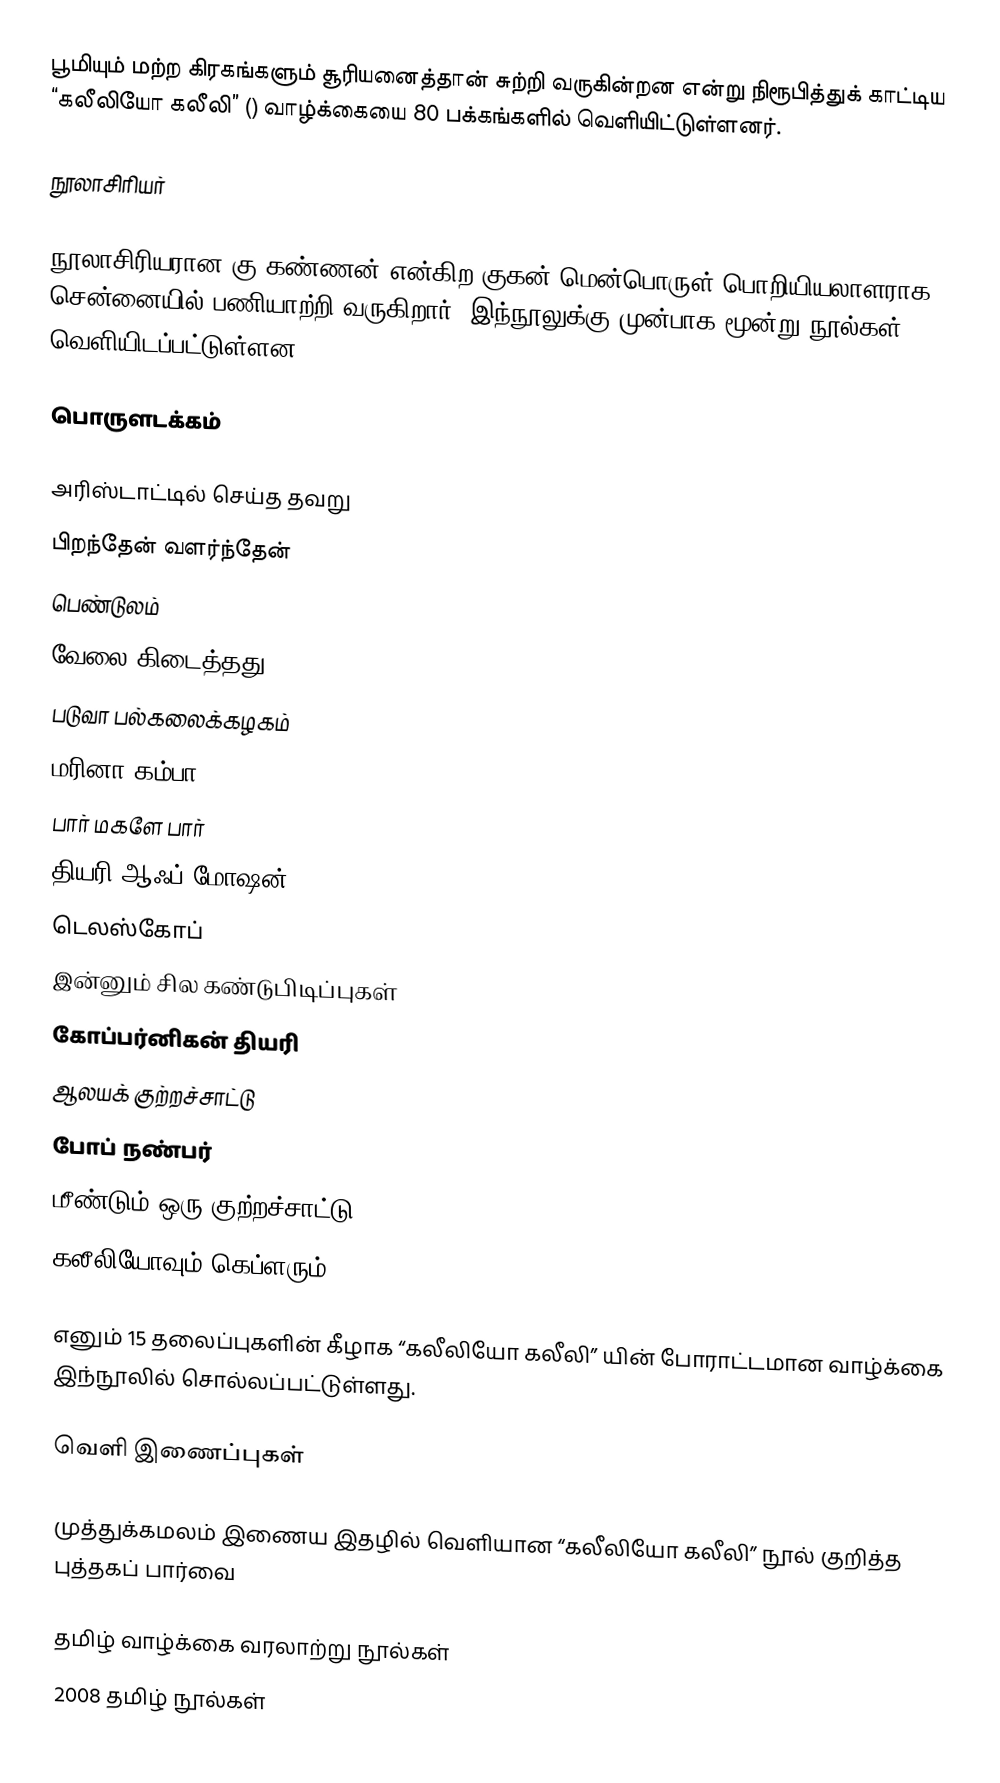
பூமியும்  மற்ற கிரகங்களும் சூரியனைத்தான் சுற்றி வருகின்றன என்று நிரூபித்துக் காட்டிய “கலீலியோ கலீலி” () வாழ்க்கையை 80 பக்கங்களில் வெளியிட்டுள்ளனர்.

நூலாசிரியர்

நூலாசிரியரான கு.கண்ணன் என்கிற குகன் மென்பொருள் பொறியியலாளராக சென்னையில் பணியாற்றி வருகிறார். இந்நூலுக்கு முன்பாக மூன்று நூல்கள் வெளியிடப்பட்டுள்ளன.

பொருளடக்கம்

அரிஸ்டாட்டில்  செய்த தவறு
பிறந்தேன் வளர்ந்தேன்
பெண்டுலம்
வேலை கிடைத்தது
படுவா பல்கலைக்கழகம்
மரினா கம்பா
பார் மகளே பார்
தியரி ஆஃப் மோஷன்
டெலஸ்கோப்
இன்னும் சில கண்டுபிடிப்புகள்
கோப்பர்னிகன் தியரி
ஆலயக் குற்றச்சாட்டு
போப் நண்பர்
மீண்டும் ஒரு குற்றச்சாட்டு
கலீலியோவும் கெப்ளரும்

எனும் 15 தலைப்புகளின் கீழாக “கலீலியோ கலீலி” யின் போராட்டமான வாழ்க்கை இந்நூலில் சொல்லப்பட்டுள்ளது.

வெளி இணைப்புகள்

  முத்துக்கமலம் இணைய இதழில் வெளியான “கலீலியோ கலீலி” நூல் குறித்த புத்தகப் பார்வை

தமிழ் வாழ்க்கை வரலாற்று நூல்கள்
2008 தமிழ் நூல்கள்